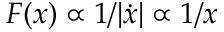
F ( x ) \propto 1 / | \dot { x } | \propto 1 / x